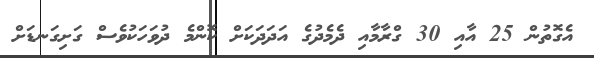
އެގޮތުން 25 އާއި 30 ގްރާމާއި ދެމެދުގެ އަދަދަކަށް ކޮންމެ ދުވަހަކުވެސް ގަށިގަނޑަށް